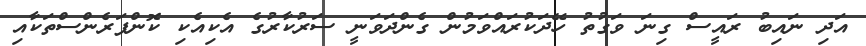
އަދި ނައިބު ރައީސް ގިނަ ވަގުތު ހޭދަކުރައްވަމުން ގެންދަވަނީ ސަރުކާރުގެ އެކިއެކި ކޮންފަރެންސްތަކާއި